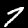
Digit: 7